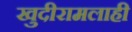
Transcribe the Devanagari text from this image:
खुदीरामलाही